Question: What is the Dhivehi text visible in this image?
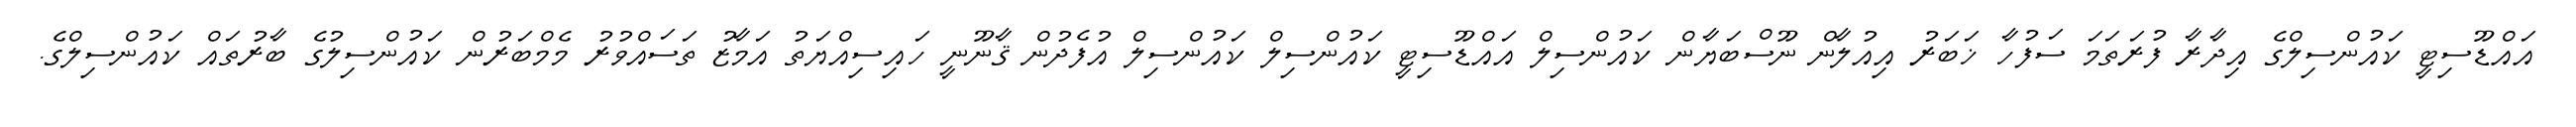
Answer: އައްޑޫސިޓީ ކައުންސިލްގެ އިދާރާ ފުރަތަމަ ސަފުހާ ޚަބަރު އިއުލާން ނޫސްބަޔާން ކައުންސިލް އައްޑޫސިޓީ ކައުންސިލް ކައުންސިލް އުފެދުން ޤާނޫނީ ހައިސިއްޔަތު އަމާޒު ތަސައްވުރު މެމްބަރުން ކައުންސިލުގެ ބާރުތައް ކައުންސިލްގެ.